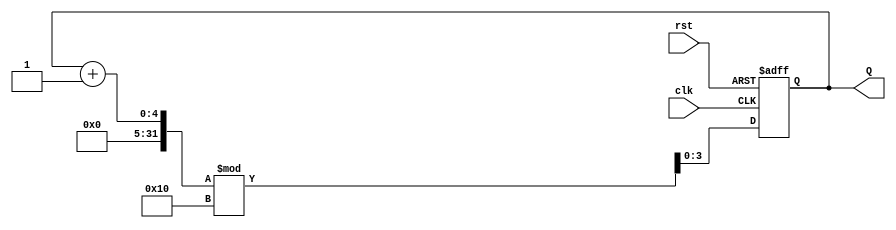
module binary_counter (
    input wire clk,      // Clock signal
    input wire rst,      // Asynchronous reset signal
    output reg [3:0] Q   // 4-bit output representing the current state
);

// State transition logic
always @(posedge clk or posedge rst) begin
    if (rst) begin
        Q <= 4'b0000; // Reset to 0000
    end else begin
        Q <= (Q + 1) % 16; // Increment and wrap around
    end
end

endmodule